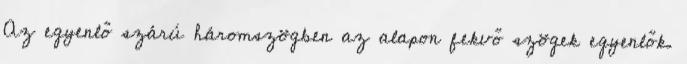
Az egyenlő szárú háromszögben az alapon fekvő szögek egyenlők.